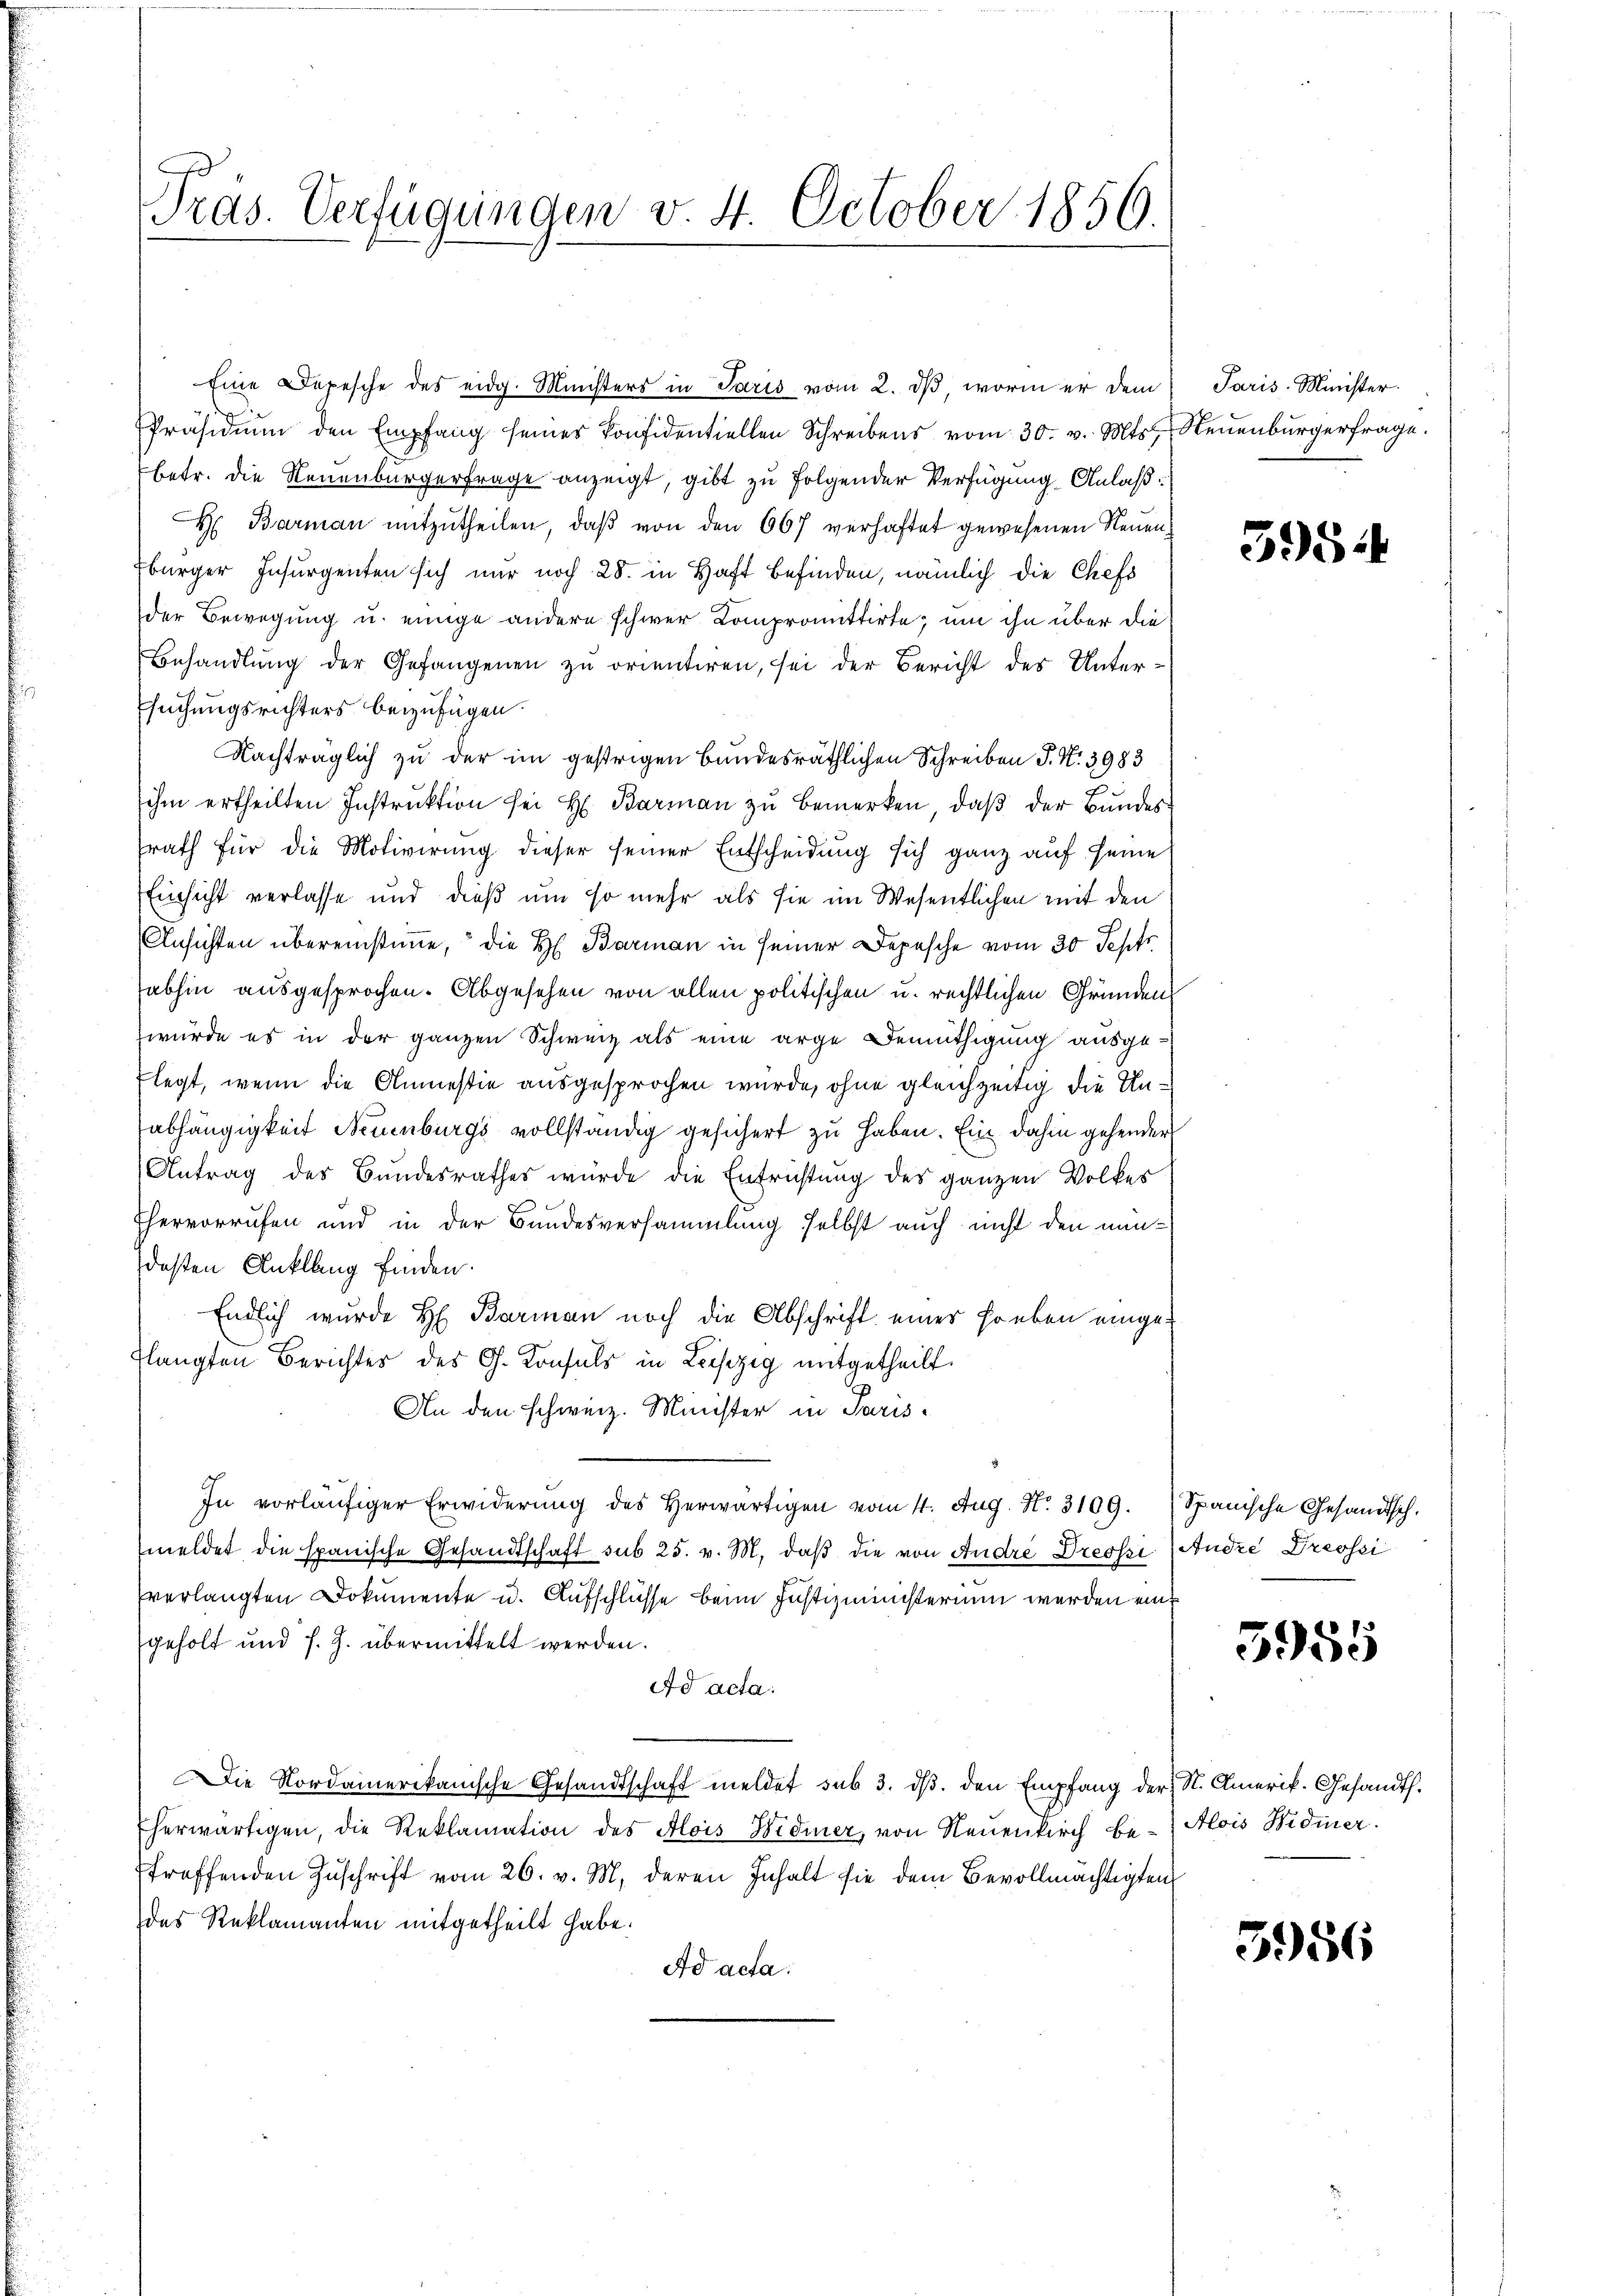
Gras. Verfügungen v. 4. October 1850.

Eine Depesche des eidg. Ministers in Paris vom 2. ds, worin er dem
e
Präsidium den Empfang seines Konfidentiellen Schreibens vom 30. v. Mts. Neuenburgerfrage.
betr. die Neuenburgerfrage anzeigt, gibt zu folgender Verfügung Anlaß
Hr: Barman mitzŭtheilen, daβ von den 667 verhaftet gewesenen Neuen-
Ebürger Insurgenten sich nur noch 28. in Haft befinden, nämlich die Chefs
der Bewegung u. einige andere schwer Compromittirte, um ihn über die
Behandlŭng der Gefangenen zu orientiren, sei der Bericht des Unter¬
Esuchungsrichters beizufügen.
Nachträglich zu der im gestrigen bundesräthlichen Schreiben P. Nr. 3983
ihm ertheilten Instruktion sei H. Barman zu bemerken, daß der Bundes
srath für die Motivirung dieser seiner Entscheidung sich ganz auf seine
Einsicht verlasse und dieß um so mehr als sie im Wesentlichen mit den
Ansichten übereinstimme, die H. Barman in seiner Depesche vom 30 Sepfr
abhin ausgesprochen. Abgesehen von allen politischen u. rechtlichen Gründen
würde es in der ganzen Schweiz als eine arge Bemüthigung ausgeflegt, wenn die Anmesie ausgesprochen wurde, ohne gleichzeitig die Unabhängigkeit Neuenburgs vollständig gesichert zu haben. Ein dahin gehender
Antrag des Bundesrathes würde die Entrichtung des ganzen Volkes
Thervorrufen und in der Bundesversammlung selbst auch nicht den nundeßen Anklang finden.
Endlich wurde H. Barman noch die Abschrift einer soeben eingetlangten Berichtes des G. Konsuls in Leiszig mitgetheilt.
An den schweiz. Minister in Paris¬
In vorläufiger Erwiderung des herwärtigen vom 4. Aug. No. 3109. Spanische Gesandtsch.
meldet die spanische Gesandtschaft sub 25. v. M. daß die von Andre Dressi (Andre Dressei
verlangten Dokumente u. Aufschlüsse beim Justizministerium werden ein
geholt und s. Z. übermittelt werden.
Ad acta.
Die Nordamerikanische Gesandtschaft meldet sub 3. dβ. den Empfang der St. Amerik. Gesandth.
Eherwärtigen, die Reklamation des Alois Widmer, von Neuenkirch be- Alois Widmer.
treffenden Zuschrift vom 26. v. M. deren Inhalt sie dem Bevollmächtigten
des Reklamanten mitgetheilt habe.
Ad acta.

Paris Minister.

595

3985

5956